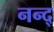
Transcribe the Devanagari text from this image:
नन्द्